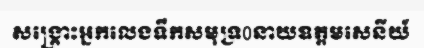
សង្គ្រោះអ្នកលេងទឹកសមុទ្រ0នាយឧត្តមសេនីយ៍